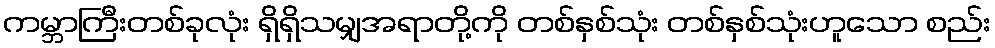
ကမ္ဘာကြီးတစ်ခုလုံး ရှိရှိသမျှအရာတို့ကို တစ်နှစ်သုံး တစ်နှစ်သုံးဟူသော စည်း